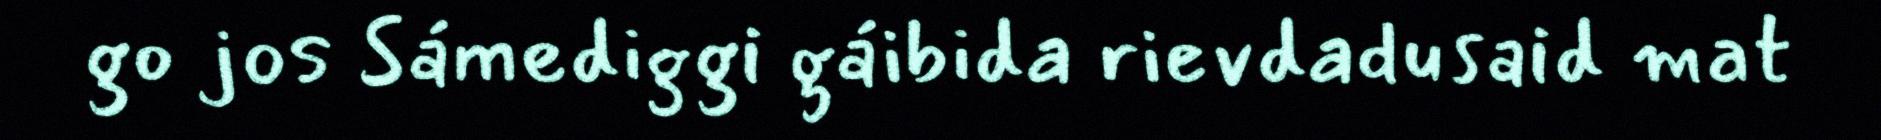
go jos Sámediggi gáibida rievdadusaid mat